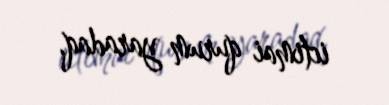
ictimai qurum yaradaq.